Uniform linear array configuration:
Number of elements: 16
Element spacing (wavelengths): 0.75
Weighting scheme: cosine
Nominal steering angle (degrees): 15
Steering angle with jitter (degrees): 14.709
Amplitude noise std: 0.05
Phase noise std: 0.05

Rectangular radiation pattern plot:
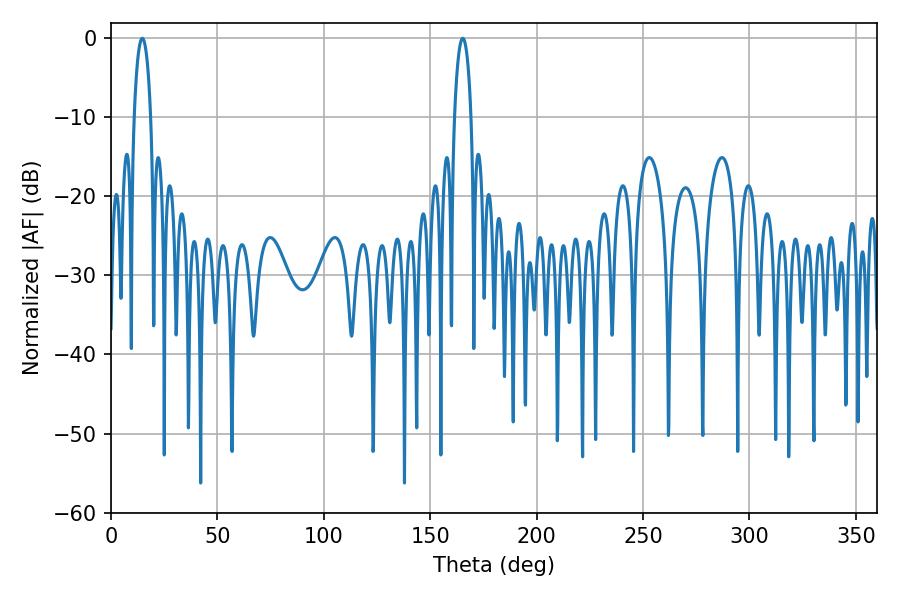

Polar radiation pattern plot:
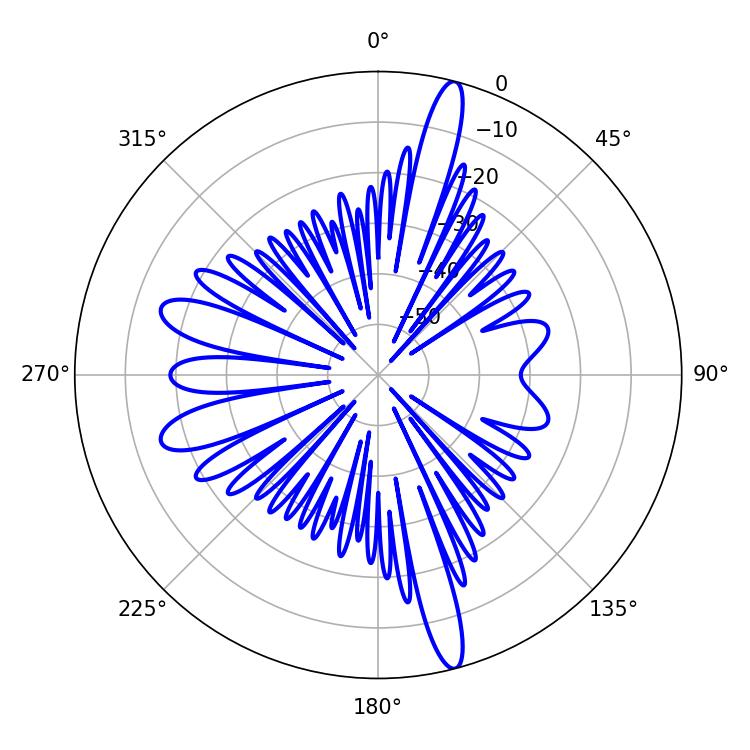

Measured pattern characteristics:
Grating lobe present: TRUE
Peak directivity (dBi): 17.872
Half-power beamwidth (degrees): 4.5
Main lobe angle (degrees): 14.76